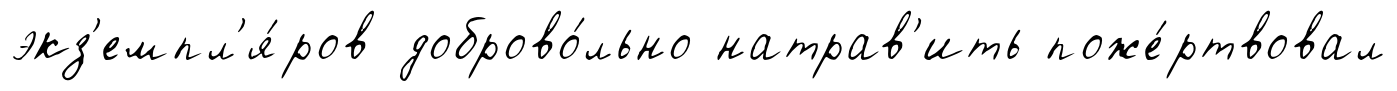
экз'емпл'я́ров доброво́льно натрав'ить поже́ртвовал